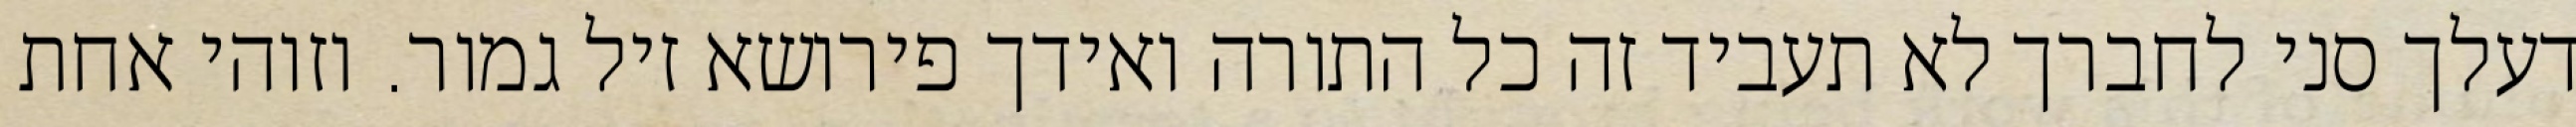
דעלך סני לחברך לא תעביד זה כל התורה ואידך פירושא זיל גמור. וזוהי אחת